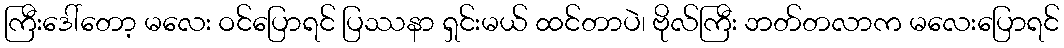
ကြီးဒေါ်တော့ မလေး ဝင်ပြောရင် ပြဿနာ ရှင်းမယ် ထင်တာပဲ၊ ဗိုလ်ကြီး ဘတ်တလာက မလေးပြောရင်